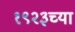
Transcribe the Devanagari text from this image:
१९२३च्या